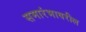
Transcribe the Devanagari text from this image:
समारंभावरील